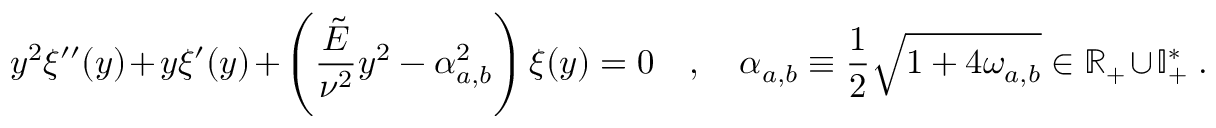
y ^ { 2 } \xi ^ { \prime \prime } ( y ) + y \xi ^ { \prime } ( y ) + \left( \frac { \tilde { E } } { \nu ^ { 2 } } y ^ { 2 } - \alpha _ { a , b } ^ { 2 } \right) \xi ( y ) = 0 \quad , \quad \alpha _ { a , b } \equiv \frac { 1 } { 2 } \sqrt { 1 + 4 \omega _ { a , b } } \in \mathbb { R } _ { + } \cup \mathbb { I } _ { + } ^ { * } \; .